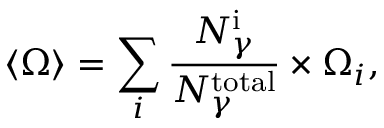
\langle { \Omega } \rangle = \sum _ { i } \frac { N _ { \gamma } ^ { \mathrm { i } } } { N _ { \gamma } ^ { \mathrm { t o t a l } } } \times { \Omega } _ { i } ,